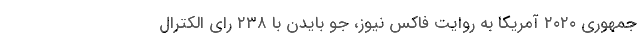
جمهوری ۲۰۲۰ آمریکا به روایت فاکس نیوز، جو بایدن با ۲۳۸ رای الکترال